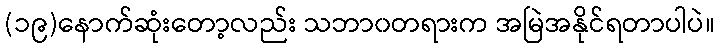
(၁၉)နောက်ဆုံးတော့လည်း သဘာ၀တရားက အမြဲအနိုင်ရတာပါပဲ။